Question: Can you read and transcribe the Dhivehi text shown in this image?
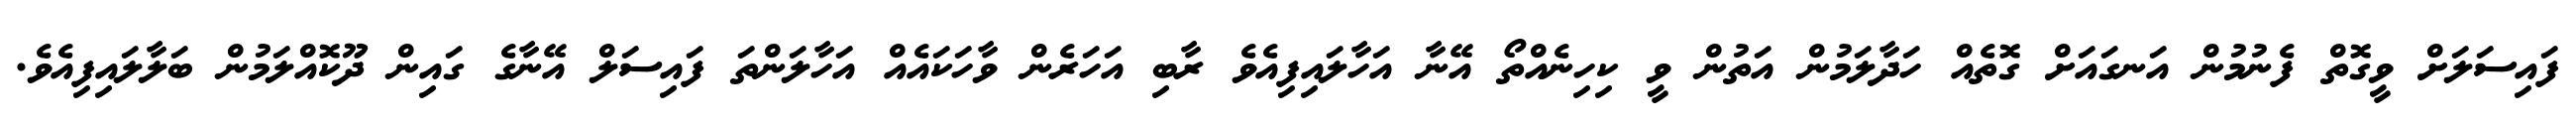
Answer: ފައިސަލަށް ވީގޮތް ފެނުމުން އަނގައަށް ގޮތެއް ހަދާލަމުން އަތުން ވީ ކިހިނެއްތޯ އޭނާ އަހާލައިފިއެވެ ރާބި އަހަރެން ވާހަކައެއް އަހާލަންތަ ފައިސަލް އޭނާގެ ގައިން ދޫކޮއްލަމުން ބަލާލައިފިއެވެ.